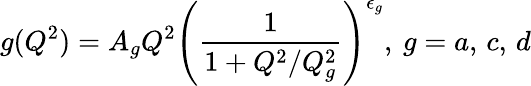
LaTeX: g(Q^{2})=A_{g}Q^{2}\left(\frac{1}{1+Q^{2}/Q_{g}^{2}}\right)^{\epsilon_{g}},\: g=a,\, c,\, d